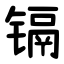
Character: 镉